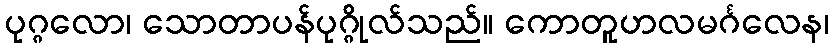
ပုဂ္ဂလော၊ သောတာပန်ပုဂ္ဂိုလ်သည်။ ကောတူဟလမင်္ဂလေန၊